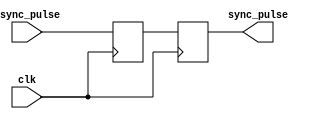
module pulse_synchronizer (
    input wire clk,
    input wire async_pulse,
    output reg sync_pulse
);

reg input_pulse;
always @(posedge clk) begin
    input_pulse <= async_pulse;
    sync_pulse <= input_pulse;
end

endmodule